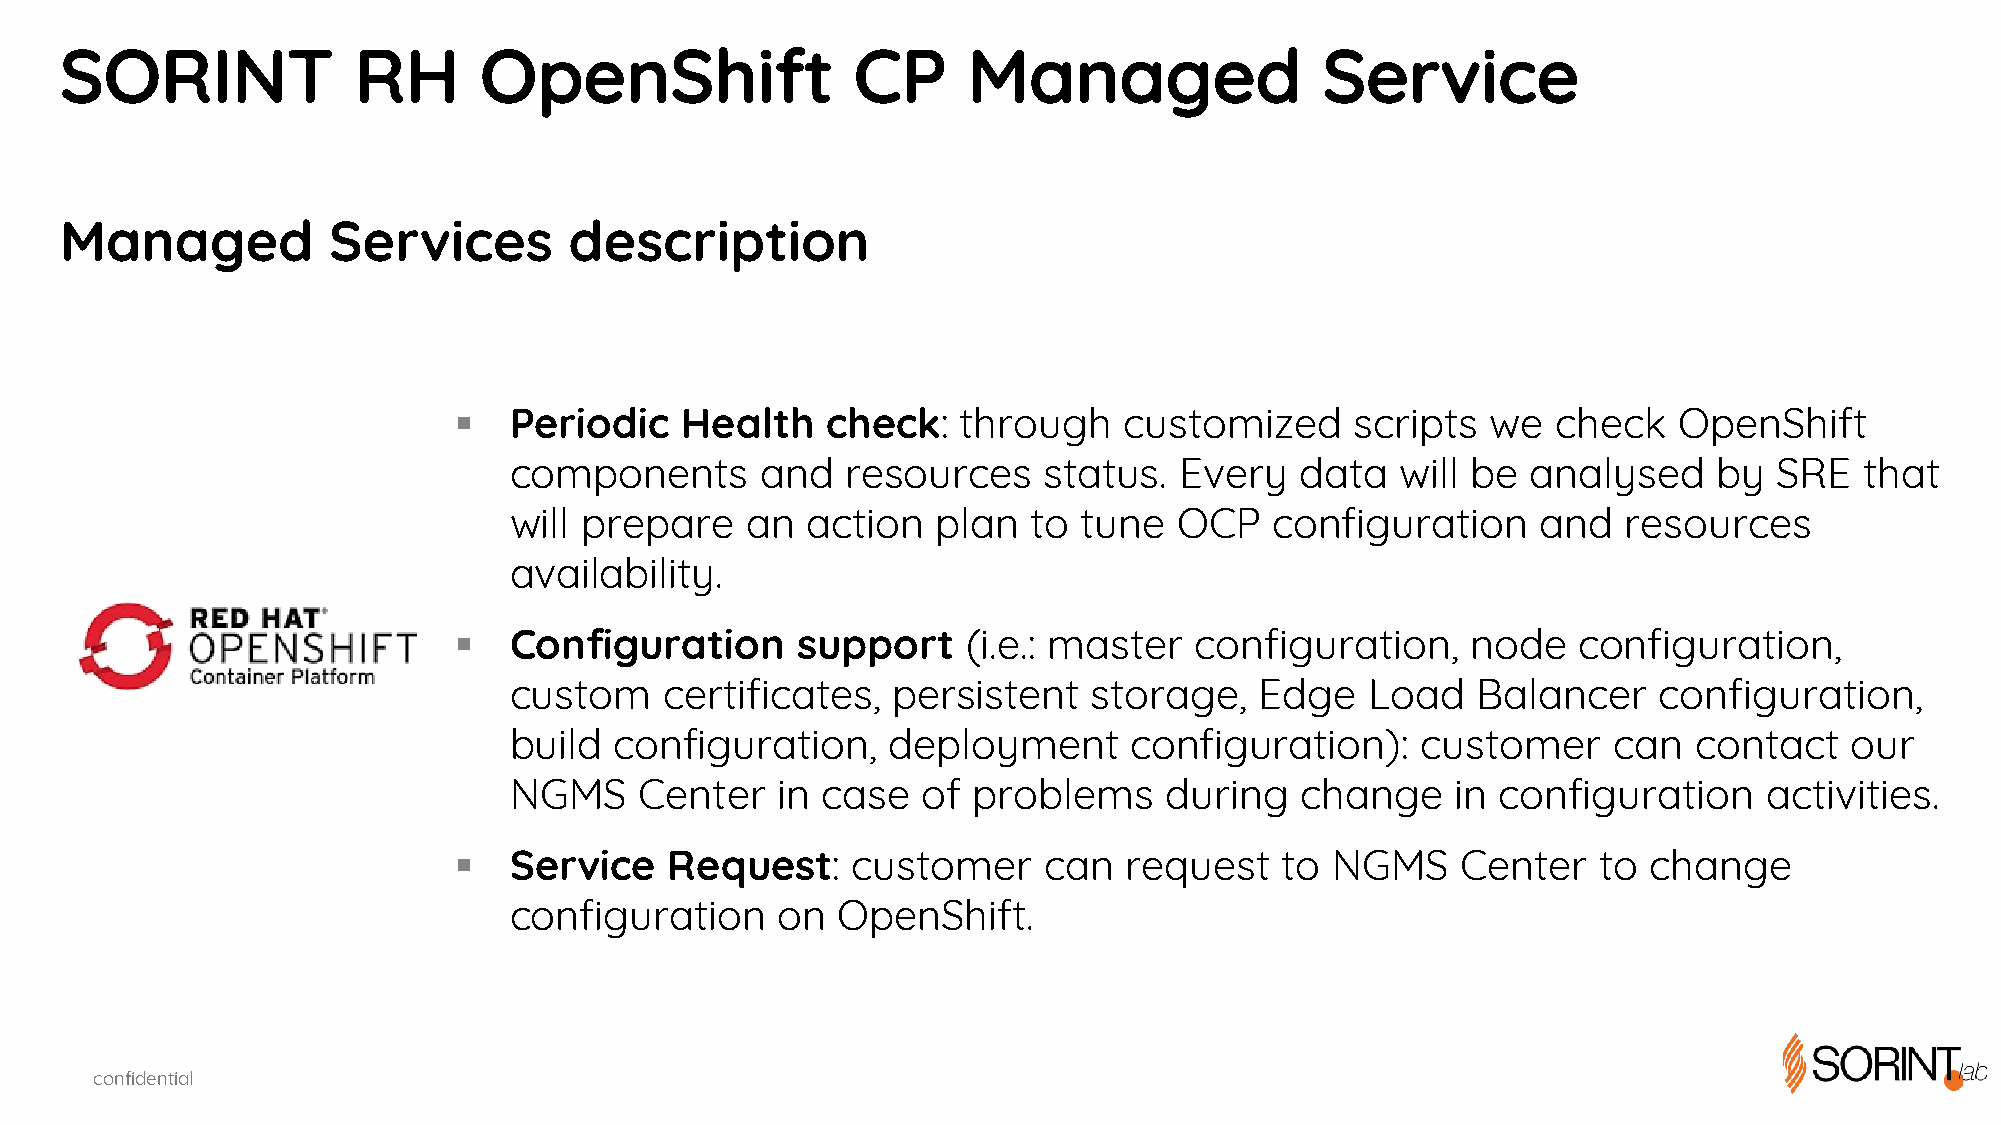
SORINT             RH       OpenShift               CP      Managed                 Service
 Managed           Services        description
 §   Periodic   Health    check:   through   customized      scripts  we  check   OpenShift
 components      and   resources    status.  Every   data   will be analysed     by  SRE  that
 will prepare   an  action   plan  to  tune  OCP   configuration     and   resources
 availability.
 §   Configuration      support    (i.e.: master  configuration,    node   configuration,
 custom    certificates,  persistent   storage,   Edge    Load   Balancer    configuration,
 build  configuration,    deployment      configuration):    customer     can  contact   our
 NGMS    Center   in case   of problems     during   change    in configuration     activities.
 §   Service   Request:    customer     can  request    to NGMS     Center   to change
 configuration    on  OpenShift.
 confidential